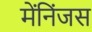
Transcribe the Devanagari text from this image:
मेंनिंजस